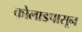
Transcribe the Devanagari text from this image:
कोलाडपासून